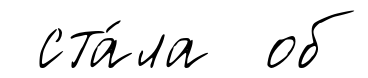
ста́ла об